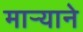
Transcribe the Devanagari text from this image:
मार्‍याने